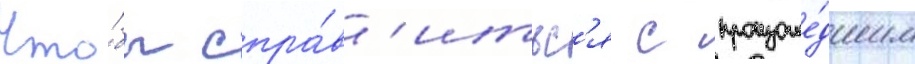
Что́бы спра́в'итьс'я с произоше́дшим